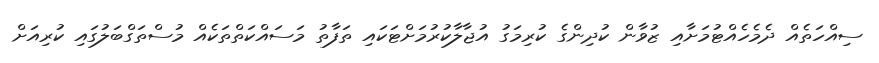
ސިއްހަތެއް ދެމެހެއްޓުމަށާއި ޒުވާން ކުދިންގެ ކުރިމަގު އުޖާލާކުރުމަށްޓަކައި ތަފާތު މަސައްކަތްތަކެއް މުސްތަގްބަލުގައި ކުރިއަށް